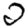
Digit: 2